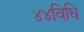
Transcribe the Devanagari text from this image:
४४विधि